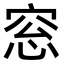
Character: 窓